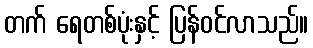
တက် ရေတစ်ပုံးနှင့် ပြန်ဝင်လာသည်။